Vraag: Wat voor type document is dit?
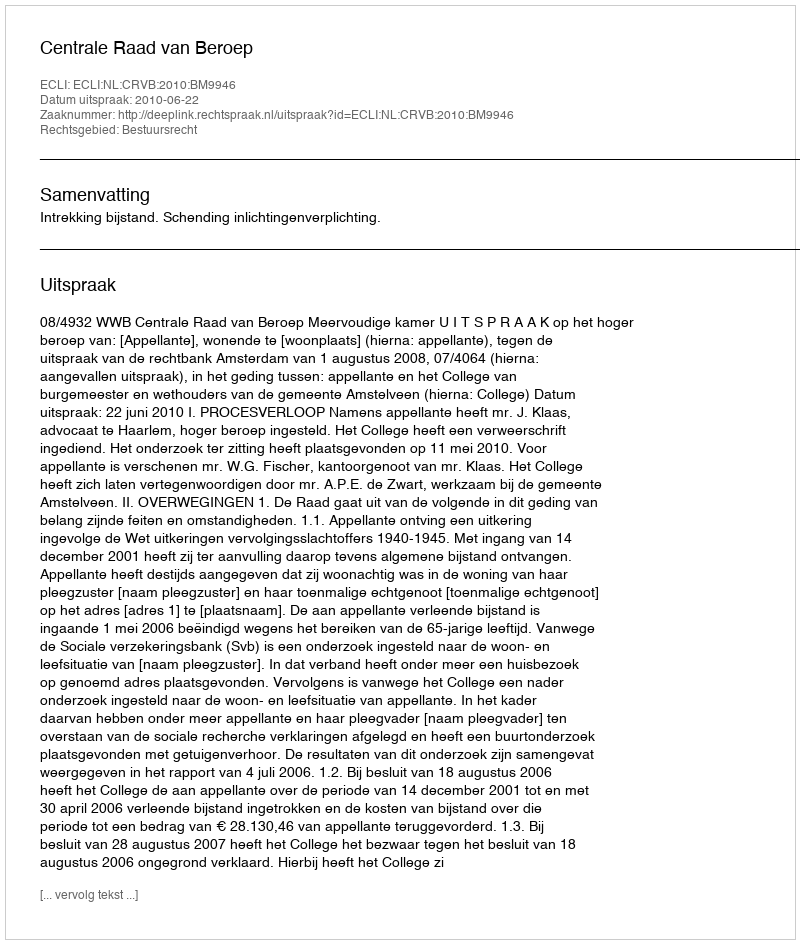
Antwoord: Uitspraak